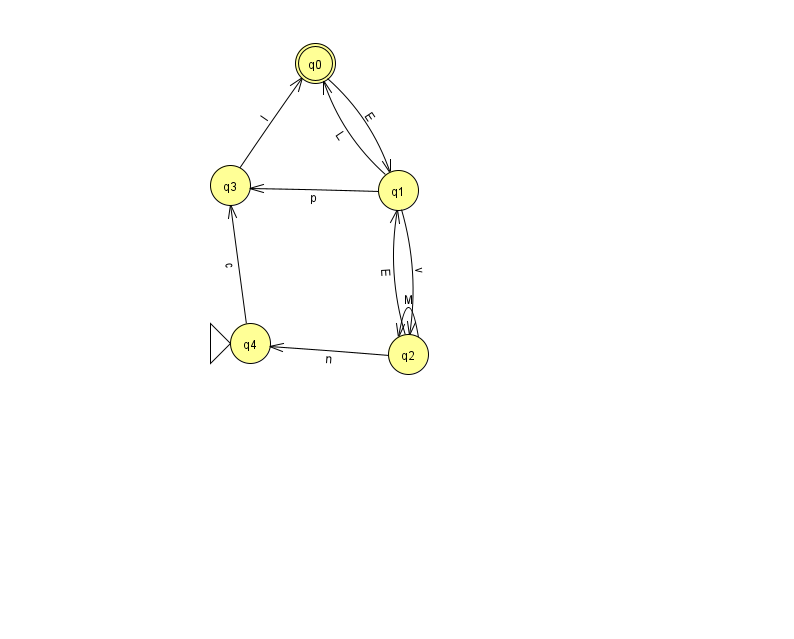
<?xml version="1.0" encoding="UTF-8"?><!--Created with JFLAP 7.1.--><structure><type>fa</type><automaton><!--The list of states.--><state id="0" name="q0"><x>315.0</x><y>50.0</y><final/></state><state id="1" name="q1"><x>398.0</x><y>177.0</y></state><state id="2" name="q2"><x>408.0</x><y>341.0</y></state><state id="3" name="q3"><x>230.0</x><y>172.0</y></state><state id="4" name="q4"><x>250.0</x><y>330.0</y><initial/></state><!--The list of transitions.--><transition><from>0</from><to>1</to><read>E</read></transition><transition><from>3</from><to>0</to><read>l</read></transition><transition><from>2</from><to>4</to><read>n</read></transition><transition><from>1</from><to>0</to><read>L</read></transition><transition><from>1</from><to>3</to><read>p</read></transition><transition><from>4</from><to>3</to><read>c</read></transition><transition><from>2</from><to>1</to><read>E</read></transition><transition><from>2</from><to>2</to><read>M</read></transition><transition><from>1</from><to>2</to><read>v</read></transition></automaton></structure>